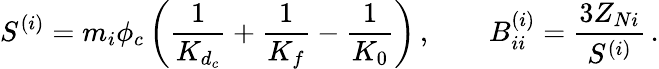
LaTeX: S^{(i)}=m_{i}\phi_{c}\left(\frac{1}{K_{d_{c}}}+\frac{1}{K_{f}}-\frac{1}{K_{0}}\right)\, ,\qquad B_{ii}^{(i)}=\frac{3Z_{Ni}}{S^{(i)}}\, .